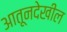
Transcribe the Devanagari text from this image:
आतूनदेखील